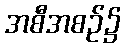
အစီအစဉ်၌